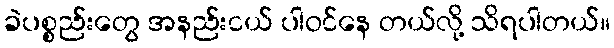
ခဲပစ္စည်းတွေ အနည်းငယ် ပါဝင်နေ တယ်လို့ သိရပါတယ်။